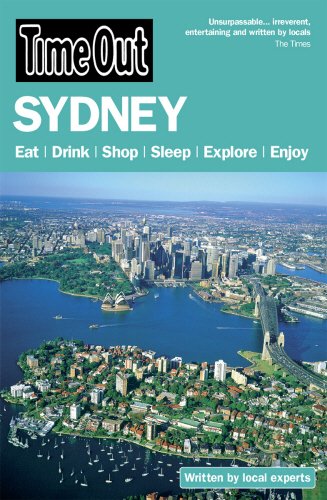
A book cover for Time Out Sydney (Time Out Guides); Travel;